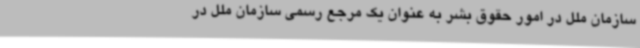
سازمان ملل در امور حقوق بشر به عنوان یک ‌مرجع رسمی سازمان ملل در